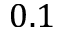
0 . 1